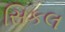
સિકલ